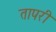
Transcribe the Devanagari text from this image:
तापरी